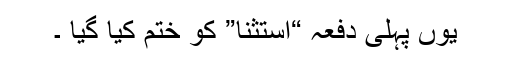
یوں پہلی دفعہ “استثنا” کو ختم کیا گیا ۔